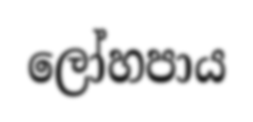
ලෝහපාය